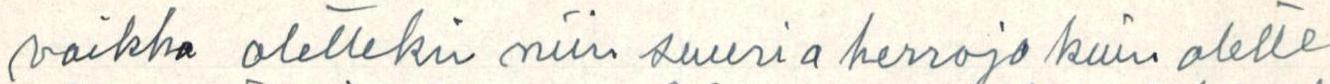
vaikka olettekin niin suuria herroja kuin olette